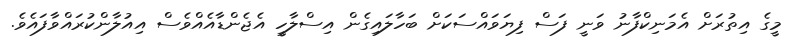
މީގެ އިތުރަށް އެމަނިކްފާނު ވަނީ ފަސް ފިޔަވައްސަކަށް ބަހާލައިގެން އިސްލާހީ އެޖެންޑާއެއްވެސް އިއުލާންކުރައްވާފައެވެ.